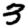
Digit: 3